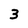
Character: 3